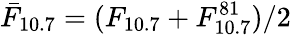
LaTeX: \bar{F}_{10.7}=(F_{10.7}+F_{10.7}^{81})/2